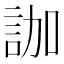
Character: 𧦤